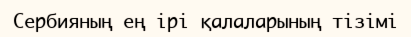
Сербияның ең ірі қалаларының тізімі